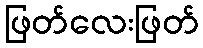
ဖြတ်လေးဖြတ်